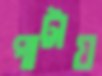
পাট্টায়